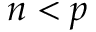
n < p